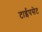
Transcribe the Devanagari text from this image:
टाईपसेट